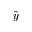
\hat { y }